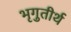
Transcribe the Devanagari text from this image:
भृगुतीर्थ